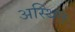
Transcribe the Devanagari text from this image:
अस्थित